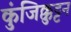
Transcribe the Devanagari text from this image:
कुंजिक्कुट्टन